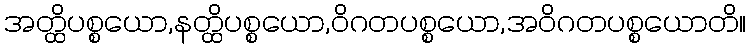
အတ္ထိပစ္စယော,နတ္ထိပစ္စယော,ဝိဂတပစ္စယော,အဝိဂတပစ္စယောတိ။